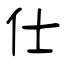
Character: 仕